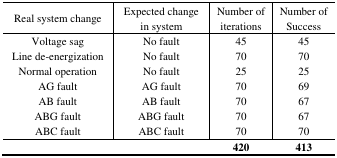
<table><thead><tr><td><b>Real system change</b></td><td><b>Expected change in system</b></td><td><b>Number of iterations</b></td><td><b>Number of Success</b></td></tr></thead><tbody><tr><td>Voltage sag</td><td>No fault</td><td>45</td><td>45</td></tr><tr><td>Line de-energization</td><td>No fault</td><td>70</td><td>70</td></tr><tr><td>Normal operation</td><td>No fault</td><td>25</td><td>25</td></tr><tr><td>AG fault</td><td>AG fault</td><td>70</td><td>69</td></tr><tr><td>AB fault</td><td>AB fault</td><td>70</td><td>67</td></tr><tr><td>ABG fault</td><td>ABG fault</td><td>70</td><td>67</td></tr><tr><td>ABC fault</td><td>ABC fault</td><td>70</td><td>70</td></tr><tr><td></td><td></td><td><b>420</b></td><td><b>413</b></td></tr></tbody></table>